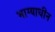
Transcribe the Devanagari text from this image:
भाग्याधीन